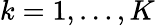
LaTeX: k=1,\dots,K